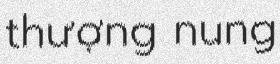
thượng nung